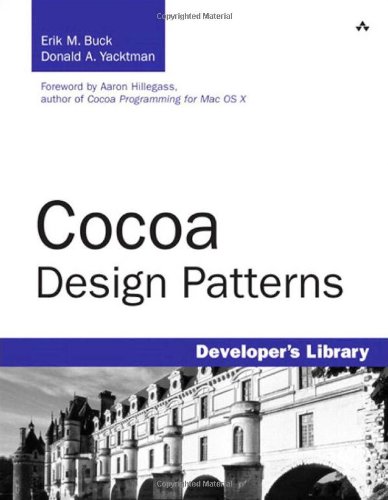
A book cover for Cocoa Design Patterns; Erik Buck; Computers & Technology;